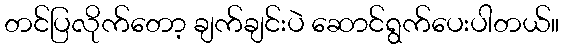
တင်ပြလိုက်တော့ ချက်ချင်းပဲ ဆောင်ရွက်ပေးပါတယ်။